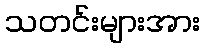
သတင်းများအား